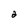
Character: 2